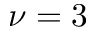
\nu = 3